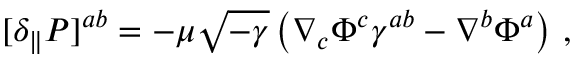
[ \delta _ { \parallel } { \cal P } ] ^ { a b } = - \mu \sqrt { - \gamma } \left( \nabla _ { c } \Phi ^ { c } \gamma ^ { a b } - \nabla ^ { b } \Phi ^ { a } \right) \, ,